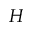
H